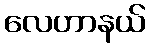
လေဟာနယ်